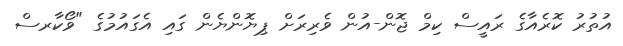
އުތުރު ކޮރެއާގެ ރައީސް ކިމް ޖޮން-އުން ވެރިރަށް ޕިޔޮންޔެން ގައި އެގައުމުގެ "ވޯކާރސް